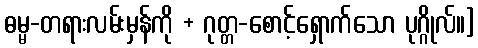
ဓမ္မ-တရားလမ်းမှန်ကို + ဂုတ္တ-စောင့်ရှောက်သော ပုဂ္ဂိုလ်။]